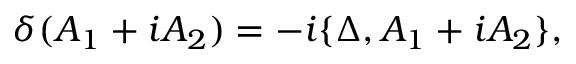
\delta ( A _ { 1 } + i A _ { 2 } ) = - i \{ \Delta , A _ { 1 } + i A _ { 2 } \} ,